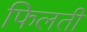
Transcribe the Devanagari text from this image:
फिलती